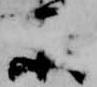
楽